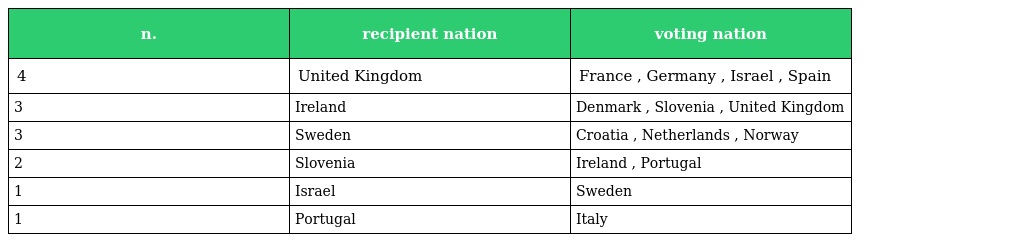
| n. | recipient nation | voting nation |
 | --- | --- | --- |
 | 4 | United Kingdom | France , Germany , Israel , Spain |
 | 3 | Ireland | Denmark , Slovenia , United Kingdom |
 | 3 | Sweden | Croatia , Netherlands , Norway |
 | 2 | Slovenia | Ireland , Portugal |
 | 1 | Israel | Sweden |
 | 1 | Portugal | Italy |